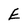
Character: E